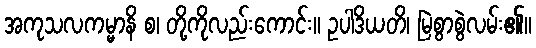
အကုသလကမ္မာနိ စ၊ တို့ကိုလည်းကောင်း။ ဥပါဒိယတိ၊ မြဲစွာစွဲလမ်း၏။